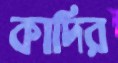
কাদির